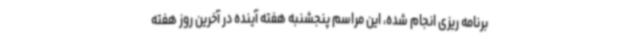
برنامه ریزی انجام شده، این مراسم پنجشنبه هفته آینده در آخرین روز هفته